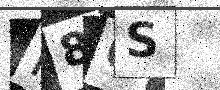
Text: R80S